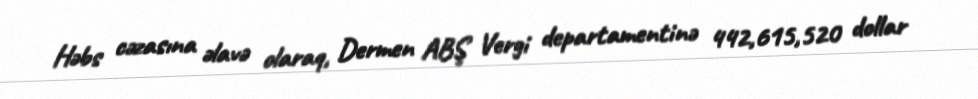
Həbs cəzasına əlavə olaraq, Dermen ABŞ Vergi departamentinə 442,615,520 dollar